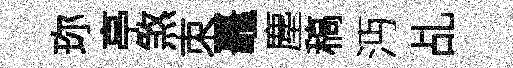
珎亭煞朿鼉塵稿沔乩